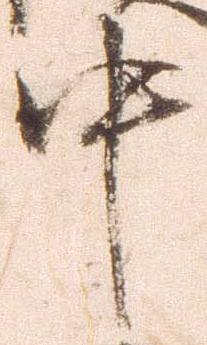
中